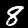
Label: 8